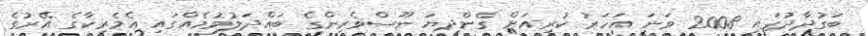
ބަގުދާދުގައި 2008 ވަނަ އަހަރު ކުރިއަށް ގެންދިޔަ ނޫސްވެރިންގެ ބައްދަލުވުމެއްގައި އެމެރިކާގެ އޭރުގެ